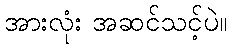
အားလုံး အဆင်သင့်ပဲ။